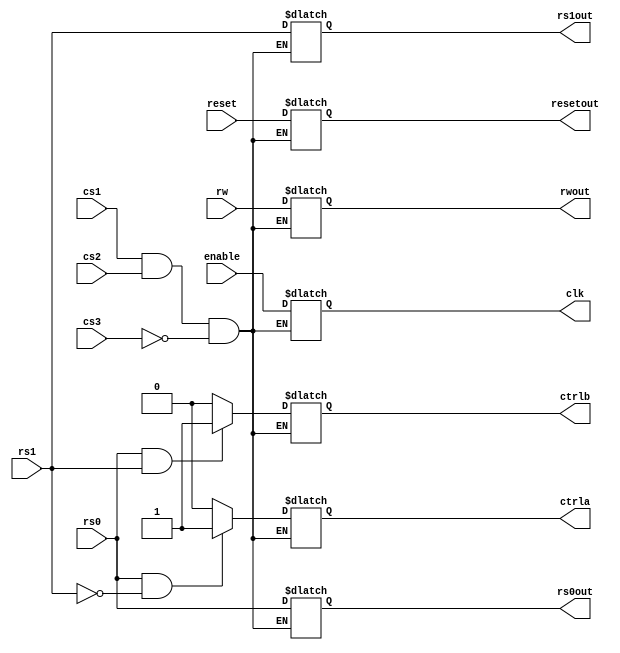
	module rwcontrol(
		input cs1,cs2,cs3,rs0,rs1,rw,enable,reset,
		output reg clk,rs0out,rs1out,rwout,resetout,
			ctrla,ctrlb);

	always@ (*)
	begin
		if(cs1 & cs2 & ~cs3)
		begin
			clk <= enable;
			rs0out <= rs0;
			rs1out <= rs1;
			rwout <= rw;
			resetout <= reset;
			ctrla <= (rs0 & ~rs1) ? 1 : 0;
			ctrlb <= (rs0 & rs1) ? 1 : 0;
		end
	end
	endmodule